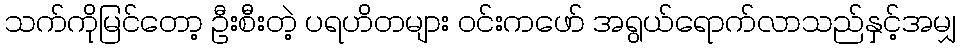
သက်ကိုမြင်တော့ ဦးစီးတဲ့ ပရဟိတများ ဝင်းကဖော် အရွယ်ရောက်လာသည်နှင့်အမျှ